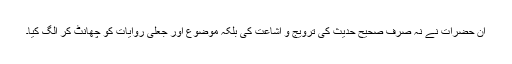
ان حضرات نے نہ صرف صحیح حدیث کی ترویج و اشاعت کی بلکہ موضوع اور جعلی روایات کو چھانٹ کر الگ کیا۔